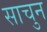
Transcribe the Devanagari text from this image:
साचुन